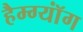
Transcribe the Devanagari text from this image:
हैम्ग्यॉंग